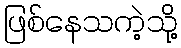
ဖြစ်နေသကဲ့သို့